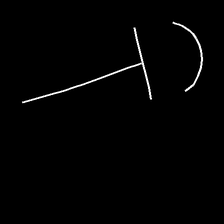
Glyph: dispersion